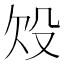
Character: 𣪄